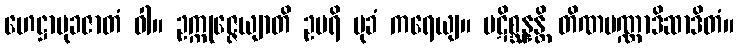
ဟေဋ္ဌာမုခဇာတံ ဝါ။ ဥက္ကုဇ္ဇေယျာတိ ဥပရိ မုခံ ကရေယျ။ ပဋိစ္ဆန္နန္တိ တိဏပဏ္ဏာဒိဆာဒိတံ။